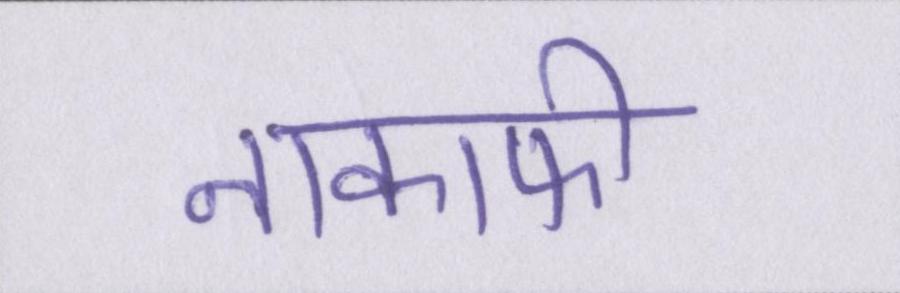
नाकाफी